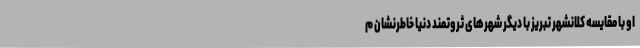
او با مقایسه کلانشهر تبریز با دیگر شهرهای ثروتمند دنیا خاطرنشان م